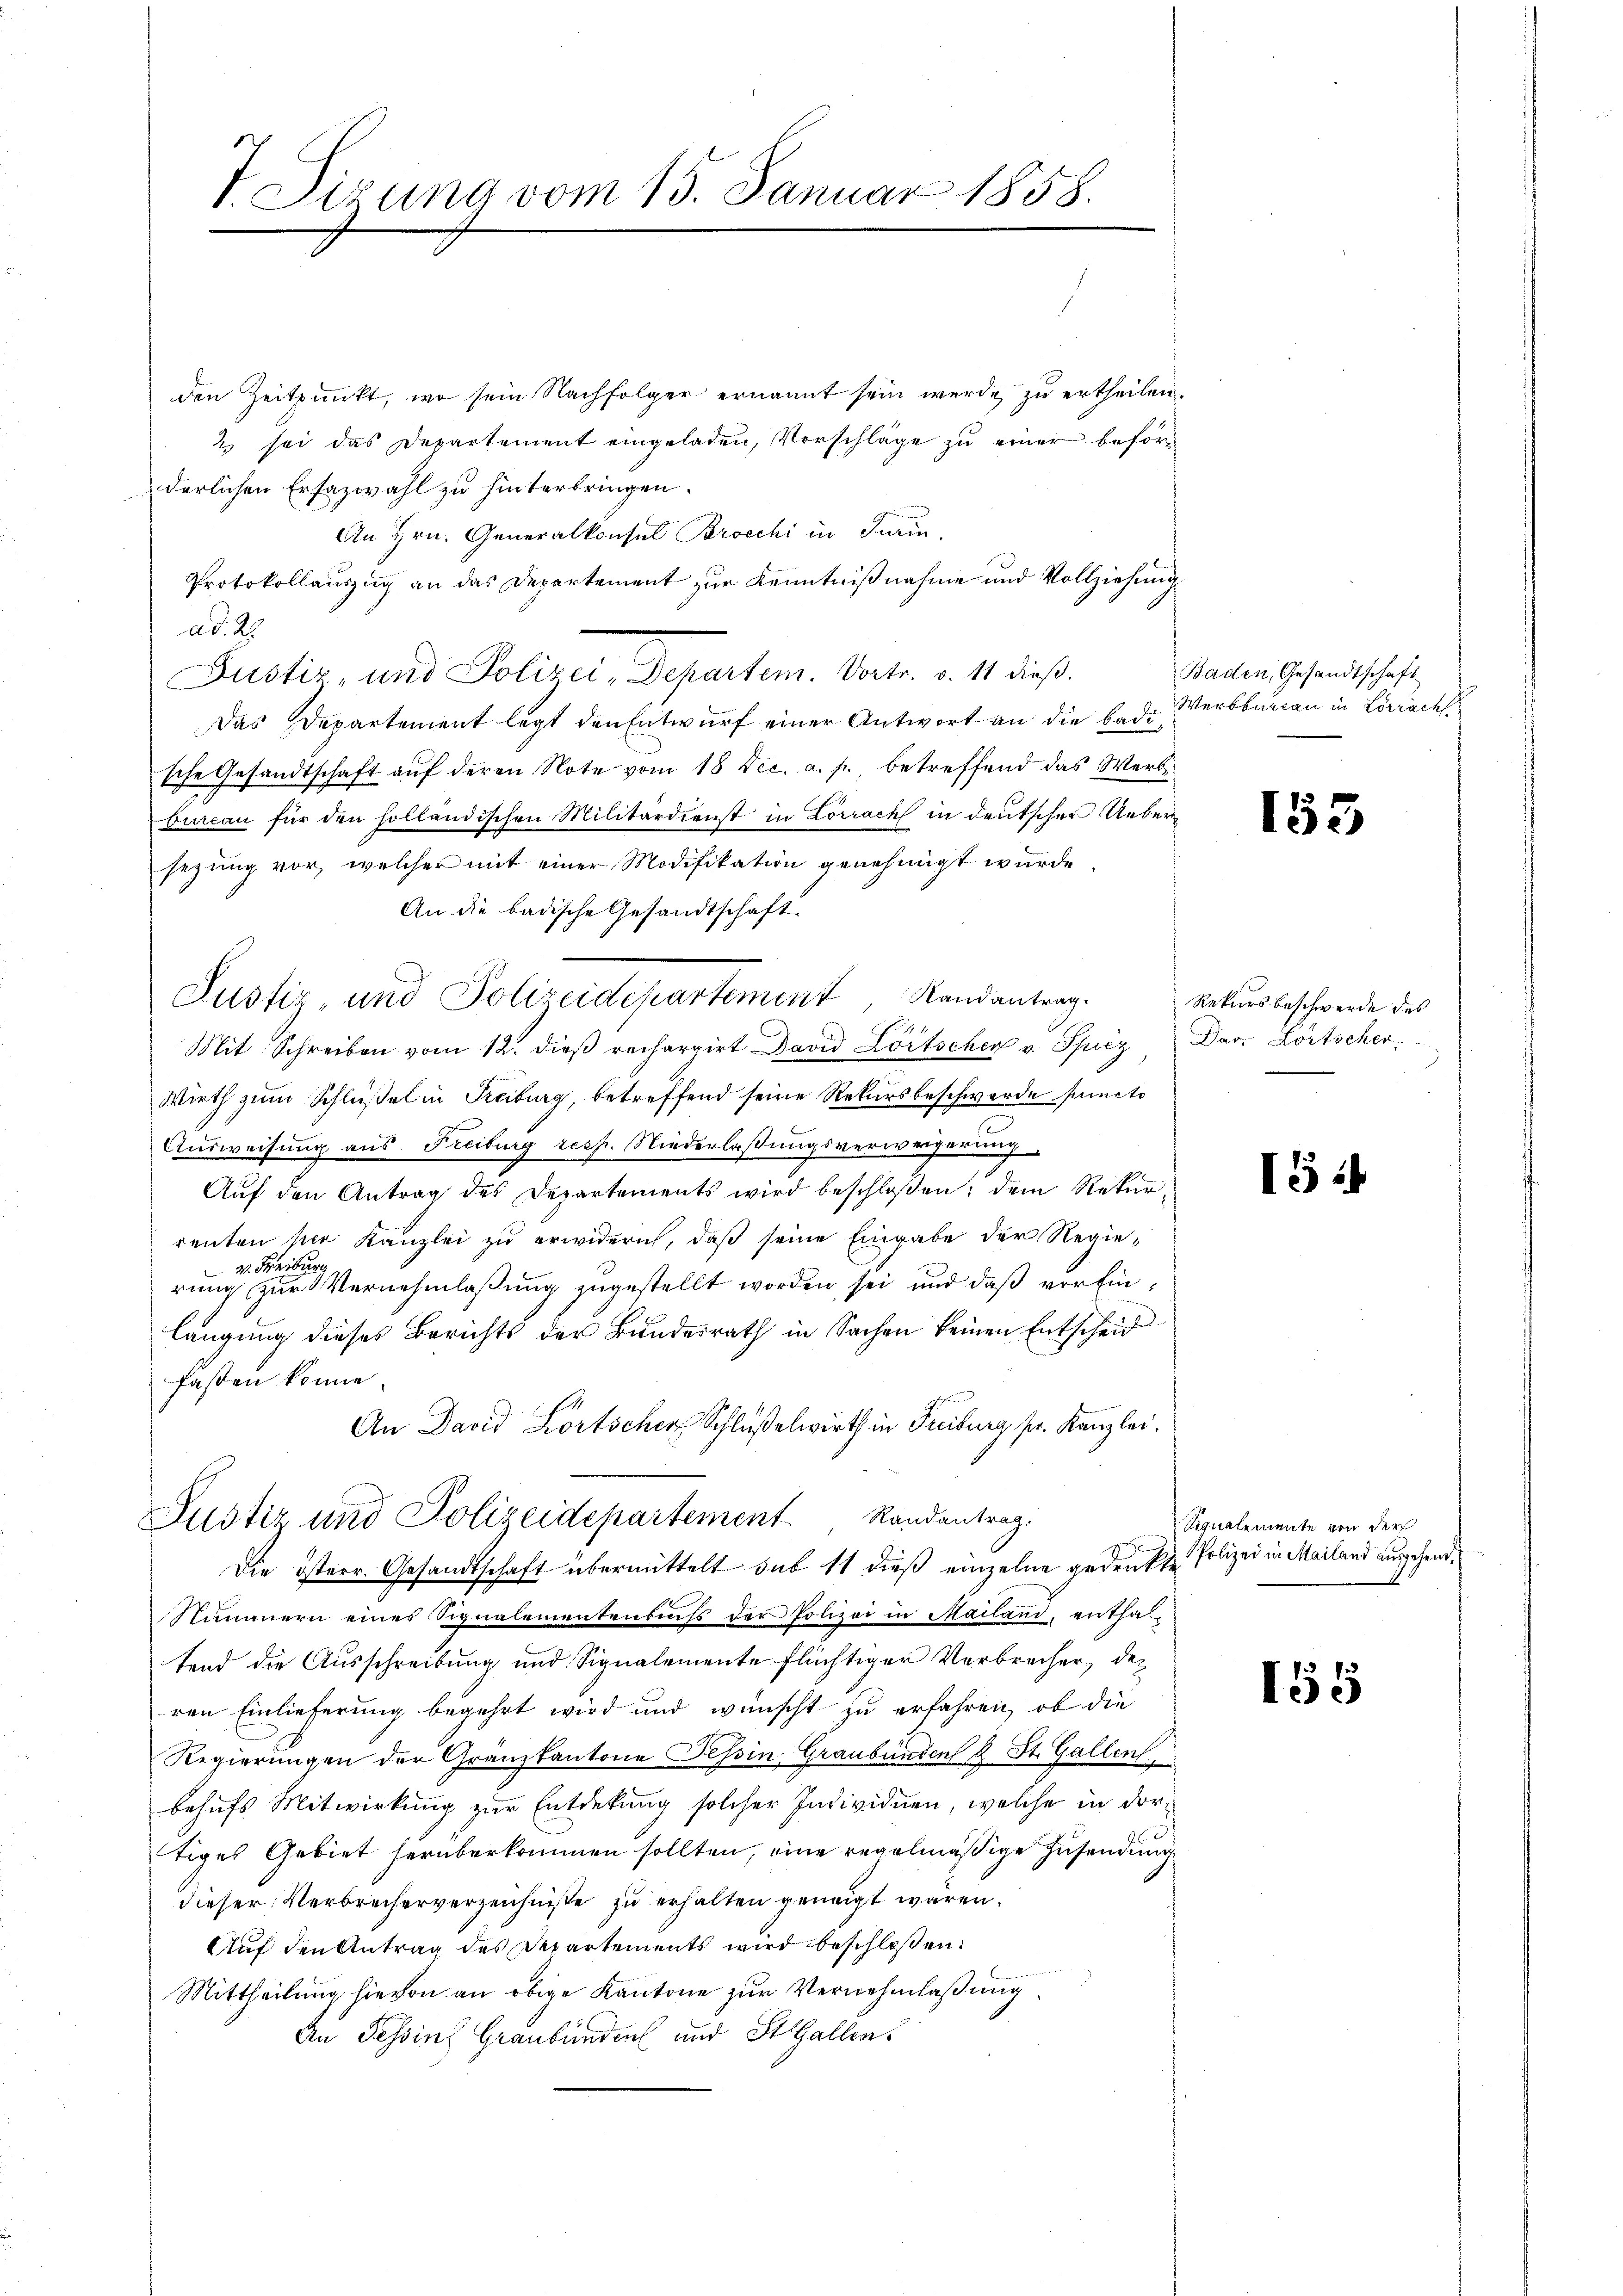
t. Sirung vom 15. Januar 1858.

den Zeitpunkt, wo sein Nachfolger ernannt sein werde zu ertheilen.
2 sei das Departement eingeladen, Vorschläge zu einer beförderlichen Ersazwahl zu hinterbringen.
An Hrn. Generalkonsul Brocchi in Turin,
Protokollauszug an das Departement zur Kenntnißnahme und Vollziehung
ad. 2
Justiz und Polizei-Departem. Vortr. v. 11 dieß¬
Das Departement legt den Entwurf einer Antwort an die Badische Gesandtschaft auf deren Note vom 18 Dec. a. p., betreffend das Werbbureau für den holländischen Militärdienst in Lörrach in deutscher Uebersezung vor, welcher mit einer Modifikation genehmigt wurde.
An die badische Gesandtschaft
Justiz- und Polizeidepartement, Randantrag.
Mit Schreiben vom 12. dieß rechargirt David Löitscher v. Spiez
Wirth zum Schlüßel in Freiburg, betreffend seine Rekursbeschwerde puncto
Ausweisung aus Freiburg resp. Niederlassungsverweigerung
Auf den Antrag des Departements wird beschloßen, dem Rekurrenten hier Kanzlei zu erwidern, daß seine Eingabe der Regiev. Freiburg
rung zur Vernehmlassung zugestellt worden sei und daß vor Einlängung dieses Berichts der Bundesrath in Sachen keinen Entscheid
fasten könne.
An David Lortscher Schlüßelwirth in Freiburg sr. Kanzlei.
Justiz und Polizeidepartement Randantrag.
Die Osterr. Gesandtschaft übermittelt sub 11 dieß einzelne gedruckte Polizei in Mailand ausgehend.
Nummern eines Signalementenbuchs der Polizei in Mailand, enthaltend die Ausschreibung und Signalemente flüchtiger Verbrecher, der
ren Einlieferung begehrt wird und wünscht zu erfahren, ob die
Regierungen der Granzkantone Tessin, Graubünden 2 St. Gallen
behufs Mitwirkung zur Entdekung solcher Individuen, welche in dortiges Gebiet herüberkommen sollten, eine regelmäßige Zusendung
dieser Verbrecherverzeichniße zu erhalten geneigt waren.
Auf den Antrag des Departements wird beschloßen:
Mittheilung hievon an obige Kantone zur Vernehmlassung
An Tessins Graubünden und St. Gallen.

Baden, Gesandtschaft
Werkbureau in Lörrach

153

Rekurs beschwerde des
Dav. Kortscher

I

Signalemente von der

155